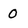
Character: O